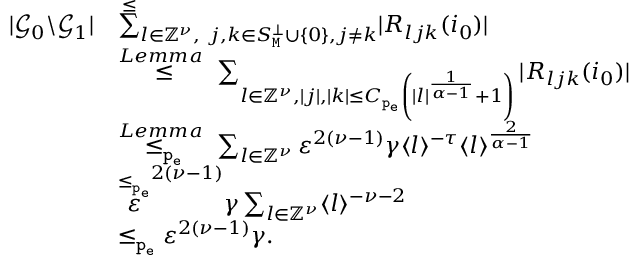
\begin{array} { r l } { | \mathcal { G } _ { 0 } \backslash \mathcal { G } _ { 1 } | } & { \overset \le \sum _ { l \in \mathbb { Z } ^ { \nu } , \ j , k \in S _ { \mathtt { M } } ^ { \perp } \cup \left\{ 0 \right\} , j \ne k } | R _ { l j k } ( i _ { 0 } ) | } \\ & { \overset { L e m m a ~ } \le \sum _ { l \in \mathbb { Z } ^ { \nu } , | j | , | k | \le C _ { \mathtt { p _ { e } } } \left( | l | ^ { \frac { 1 } { \alpha - 1 } } + 1 \right) } | R _ { l j k } ( i _ { 0 } ) | } \\ & { \overset { L e m m a ~ } { \le _ { \mathtt { p _ { e } } } } \sum _ { l \in \mathbb { Z } ^ { \nu } } \varepsilon ^ { 2 ( \nu - 1 ) } \gamma \langle l \rangle ^ { - \tau } \langle l \rangle ^ { \frac { 2 } { \alpha - 1 } } } \\ & { \overset { \le _ { \mathtt { p _ { e } } } } \varepsilon ^ { 2 ( \nu - 1 ) } \gamma \sum _ { l \in \mathbb { Z } ^ { \nu } } \langle l \rangle ^ { - \nu - 2 } } \\ & { \le _ { \mathtt { p _ { e } } } \varepsilon ^ { 2 ( \nu - 1 ) } \gamma . } \end{array}